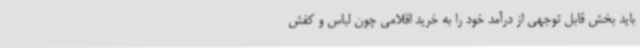
باید بخش قابل توجهی از درآمد خود را به خرید اقلامی چون لباس و کفش